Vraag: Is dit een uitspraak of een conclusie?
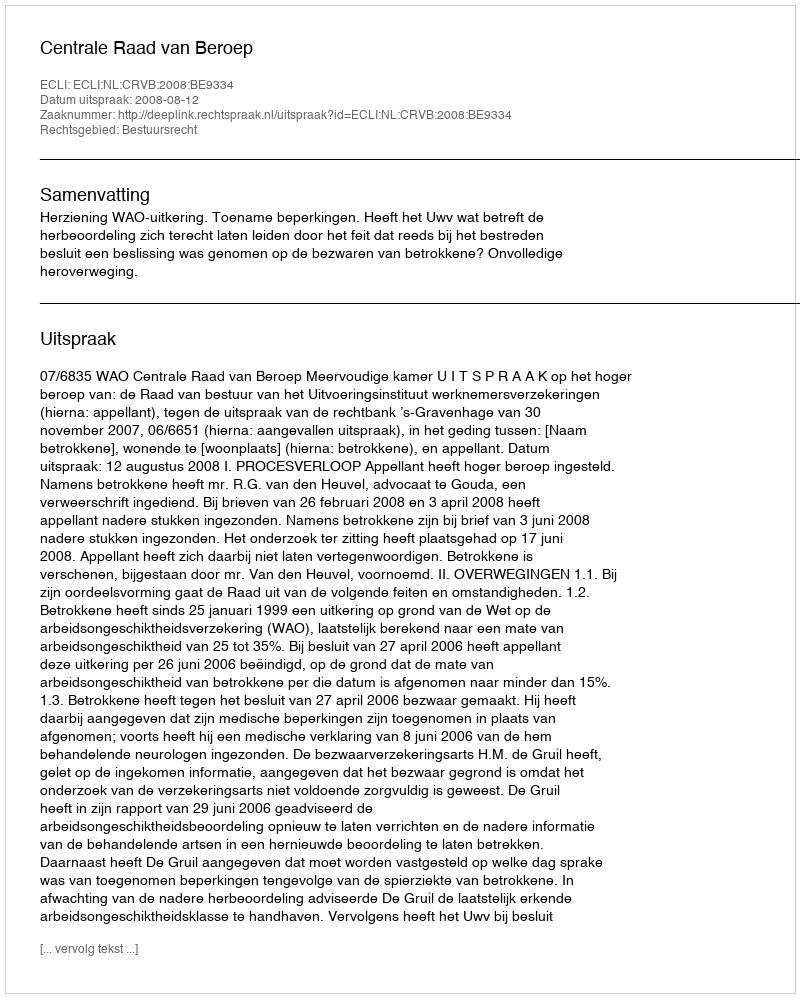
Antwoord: Uitspraak